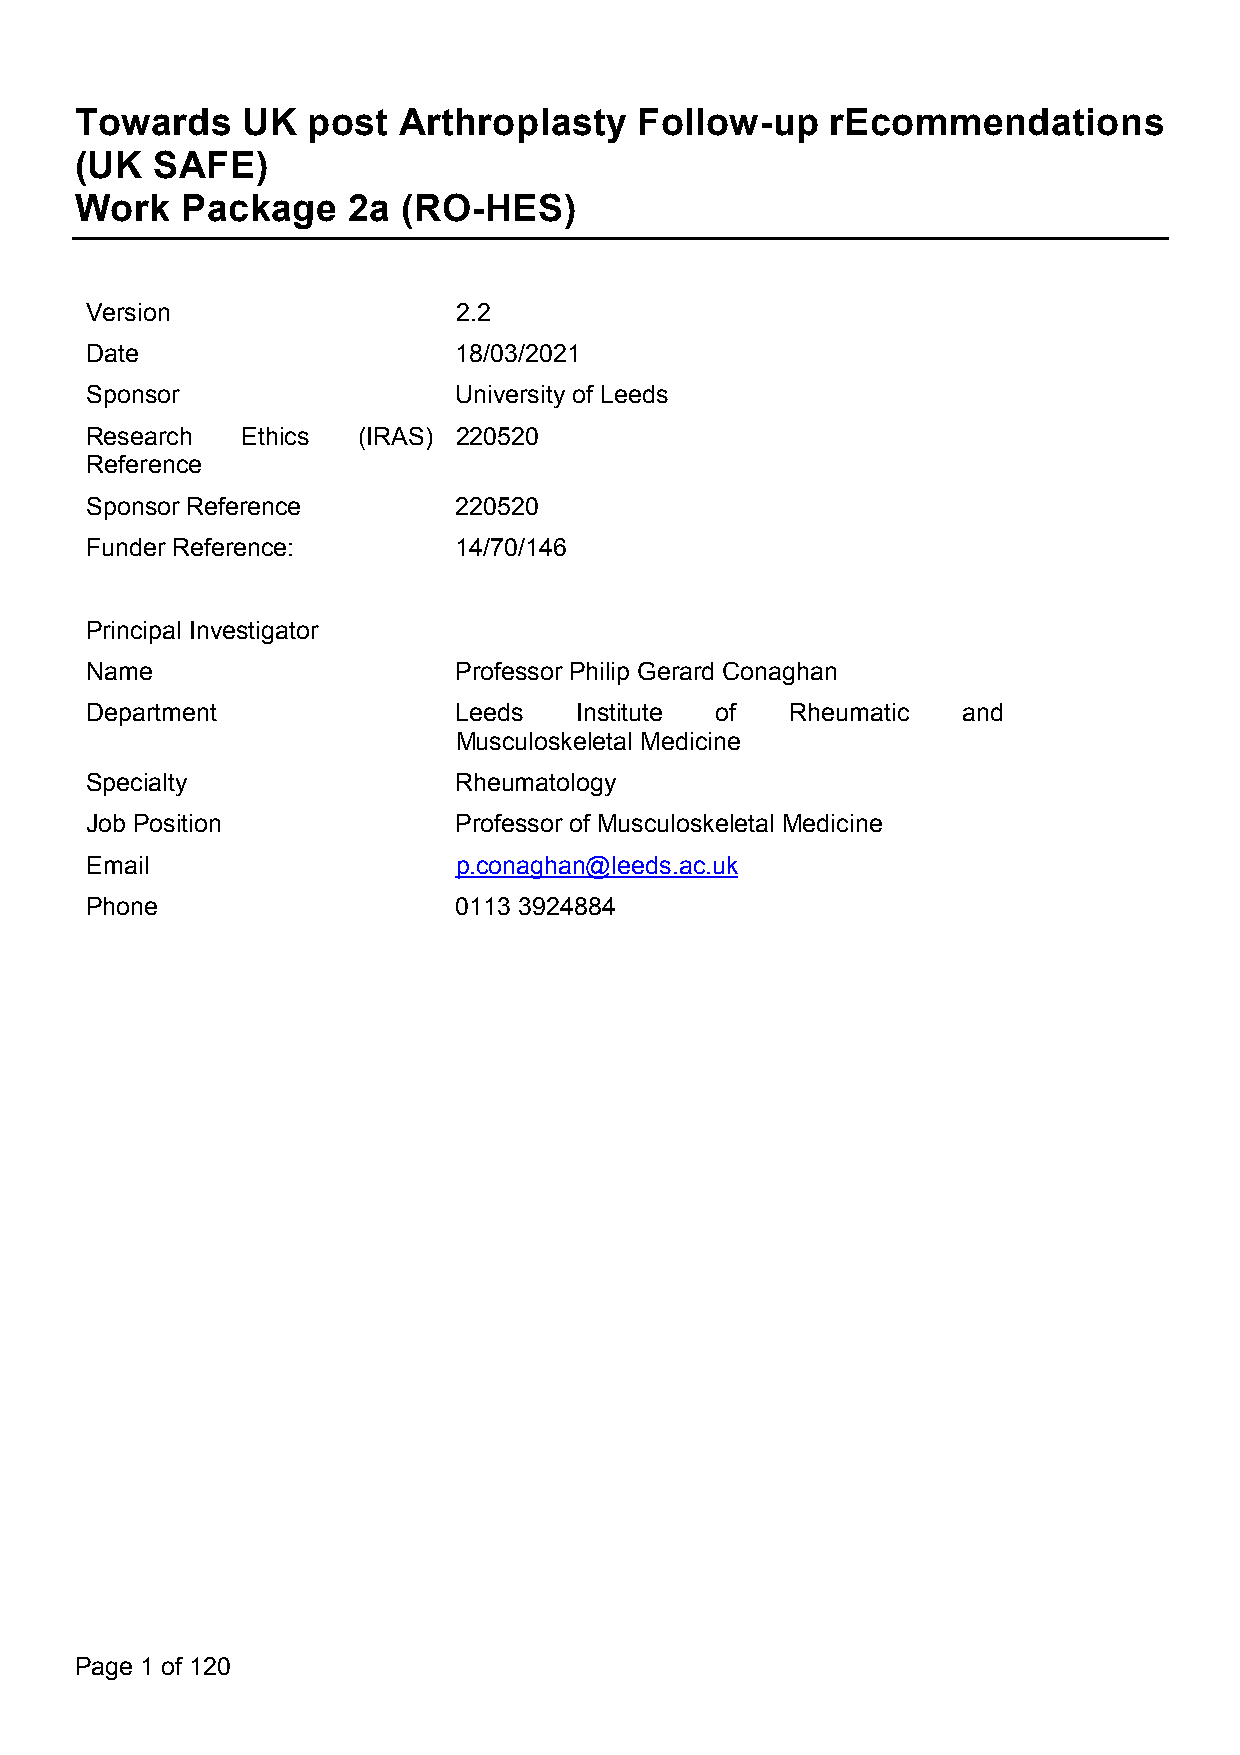
Towards    UK  post  Arthroplasty    Follow-up    rEcommendations
 (UK  SAFE)
 Work   Package    2a  (RO-HES)
 Version                 2.2
 Date                    18/03/2021
 Sponsor                 University of Leeds
 Research  Ethics  (IRAS) 220520
 Reference
 Sponsor Reference       220520
 Funder Reference:       14/70/146
 Principal Investigator
 Name                    Professor Philip Gerard Conaghan
 Department              Leeds   Institute of  Rheumatic   and
 Musculoskeletal Medicine
 Specialty               Rheumatology
 Job Position            Professor of Musculoskeletal Medicine
 Email                   p.conaghan@leeds.ac.uk
 Phone                   0113 3924884
 Page 1 of 120